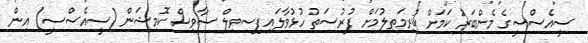
ސީއެސްސީގެ މެންބަރު ކަމަށް ކުރިމަތިލުމަށް ފުރުސަތު ހުޅުވާލައިފިސިވިލް ސާވިސް ކޮމިޝަން (ސީއެސްސީ) އިން